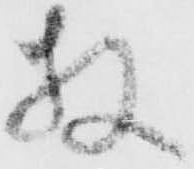
枚